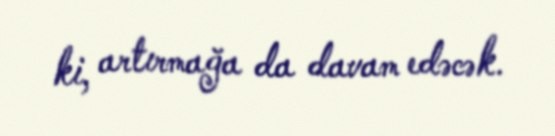
ki, artırmağa da davam edəcək.